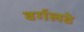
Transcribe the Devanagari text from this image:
वर्गलढे